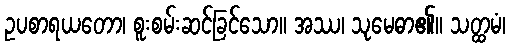
ဥပစာရယတော၊ စူးစမ်းဆင်ခြင်သော။ အဿ၊ သုမေဓာ၏။ သတ္ထမံ၊